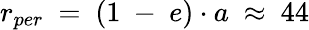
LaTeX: \begin{array}{l}{r_{per}\ =\ (1\ -\ e)\cdot a\ \approx\ 44}\end{array}